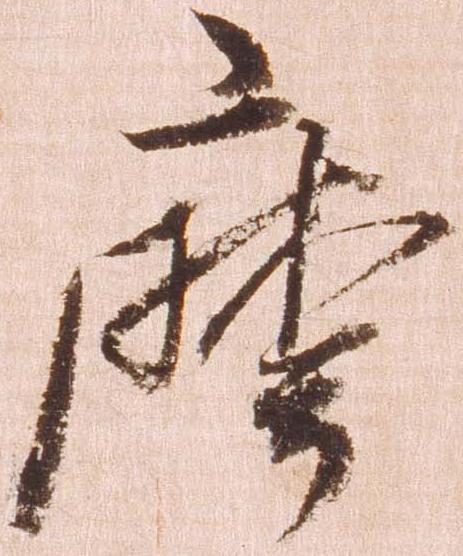
摩